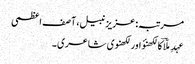
مرتبہ: عزیز نبیل، آصف اعظمی
عہدِ ملّاؔ کا لکھنؤ اور لکھنوی شاعری ۔